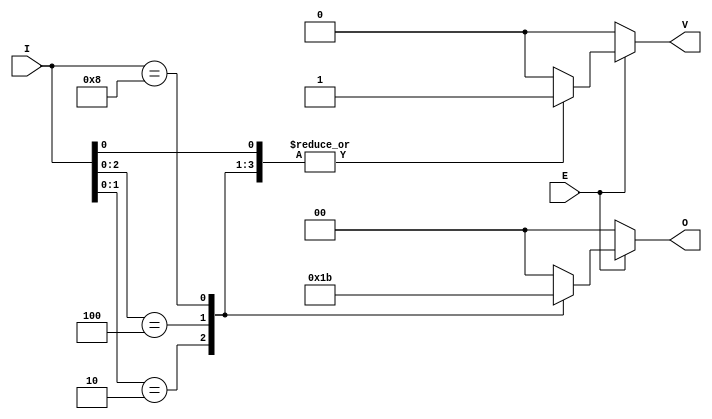
module dual_priority_encoder #(
    parameter N = 4 // Number of inputs (can be changed as needed)
)(
    input wire [N-1:0] I, // Input signals
    input wire E,         // Enable signal
    output reg [1:0] O,   // Binary output
    output reg V          // Valid signal
);

    always @(*) begin
        if (!E) begin
            // If Enable is low, set outputs to inactive state
            O = 2'b00;
            V = 1'b0;
        end else begin
            // Default output
            O = 2'b00;
            V = 1'b0;

            // Priority encoding logic
            casez (I) // casez allows for don't care conditions
                4'b???1: begin O = 2'b00; V = 1'b1; end // I0 active
                4'b??10: begin O = 2'b01; V = 1'b1; end // I1 active
                4'b?100: begin O = 2'b10; V = 1'b1; end // I2 active
                4'b1000: begin O = 2'b11; V = 1'b1; end // I3 active
                default: begin O = 2'b00; V = 1'b0; end // No active inputs
            endcase
        end
    end

endmodule